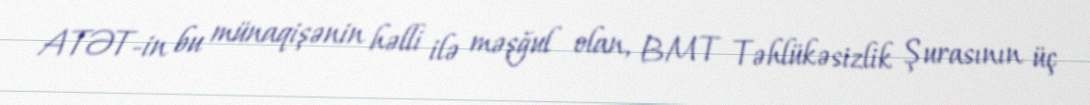
ATƏT-in bu münaqişənin həlli ilə məşğul olan, BMT Təhlükəsizlik Şurasının üç